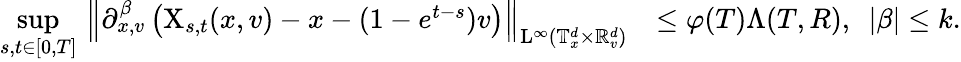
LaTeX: \begin{array}{rl}{\underset{s,t\in[0,T]}{\operatorname*{sup}}\, \left\Vert\partial_{x,v}^{\beta}\left(\mathrm{X}_{s,t}(x,v)-x-(1-e^{t-s})v\right)\right\Vert_{\mathrm{L}^{\infty}(\mathbb T_{x}^{d}\times\mathbb R_{v}^{d})}}&{\leq\varphi(T)\Lambda(T,R),\ \ \vert\beta\vert\leq k.}\end{array}